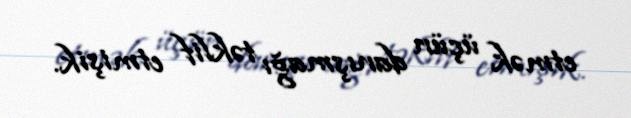
etmək üçün danışmağı təklif etmişik.